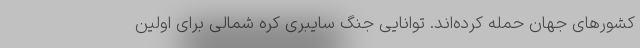
کشورهای جهان حمله کرده‌اند. توانایی جنگ سایبری کره شمالی برای اولین